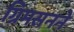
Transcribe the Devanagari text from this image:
ग्रिमसनने